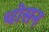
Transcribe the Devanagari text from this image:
चोसन